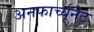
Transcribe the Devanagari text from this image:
अनफार्च्यूनेट